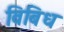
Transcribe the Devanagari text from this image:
विबिध